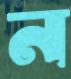
ন